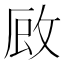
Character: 𭣪